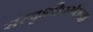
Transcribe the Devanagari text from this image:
संस्कृतीपर्यंतचा